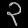
Digit: ၃